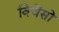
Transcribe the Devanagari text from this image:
विचेंसो